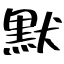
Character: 默